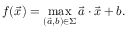
f ( { \vec { x } } ) = \operatorname* { m a x } _ { ( { \vec { a } } , b ) \in \Sigma } { \vec { a } } \cdot { \vec { x } } + b .